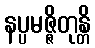
နပ္ပမဇ္ဇိတုန္တိ